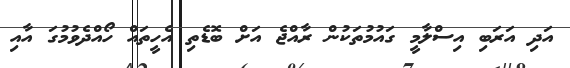
އަދި އަރަބި އިސްލާމީ ގައުމުތަކުން ރާއްޖެ އަށް ބޮޑެތި އެހީތައް ހޯއްދެވުމުގަ އާއި